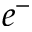
e ^ { - }